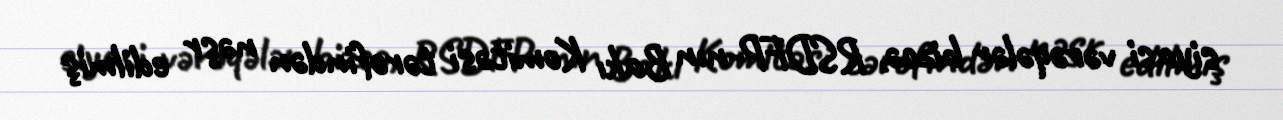
siyasi vərəqələr bizcə, RSDFP-nın Bakı Komitəsi tərəfindən nəşr edilmiş